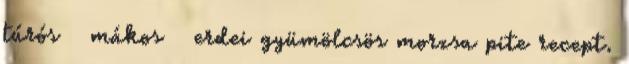
túrós mákos erdei gyümölcsös morzsa pite recept.